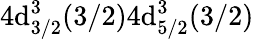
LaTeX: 4\mathrm{d}_{3/2}^{3}(3/2)4\mathrm{d}_{5/2}^{3}(3/2)